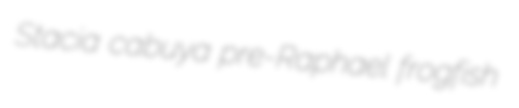
Stacia cabuya pre-Raphael frogfish